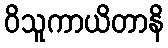
ဝိသူကာယိတာနိ